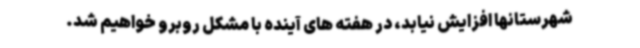
شهرستانها افزایش نیابد، در هفته های آینده با مشکل روبرو خواهیم شد.